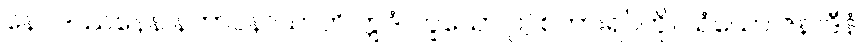
နေဝဒဿနေန နဘာဝနာယာတိ ဣဒံ၊ ဟူသော ဤစကားရပ်ကို။ သံယော ဇနာဒီနံ၊